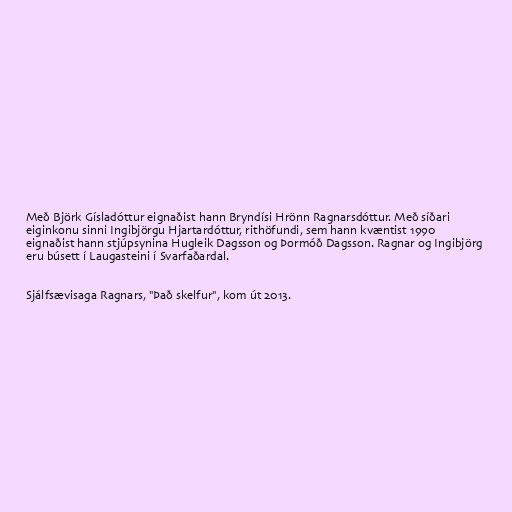
Með Björk Gísladóttur eignaðist hann Bryndísi Hrönn Ragnarsdóttur. Með síðari
eiginkonu sinni Ingibjörgu Hjartardóttur, rithöfundi, sem hann kvæntist 1990
eignaðist hann stjúpsynina Hugleik Dagsson og Þormóð Dagsson. Ragnar og Ingibjörg
eru búsett í Laugasteini í Svarfaðardal.

Sjálfsævisaga Ragnars, "Það skelfur", kom út 2013.